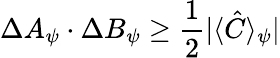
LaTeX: \Delta A_{\psi}\cdot\Delta B_{\psi}\geq\frac{1}{2}|\langle\hat{C}\rangle_{\psi}|